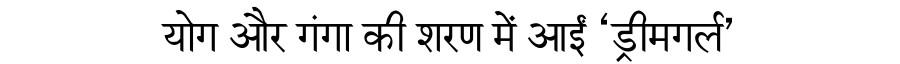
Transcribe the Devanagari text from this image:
योग और गंगा की शरण में आईं ‘ड्रीमगर्ल’